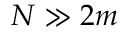
N \gg 2 m